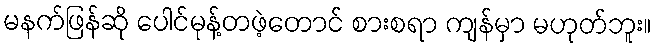
မနက်ဖြန်ဆို ပေါင်မုန့်တဖဲ့တောင် စားစရာ ကျန်မှာ မဟုတ်ဘူး။